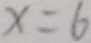
x = 6